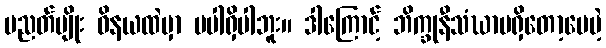
ပညတ်မျိုး ဝိနယထဲမှာ မပါရှိပါဘူး။ ဒါကြောင့် ဘိက္ခုနီသံဃာမရှိတော့ပေမဲ့